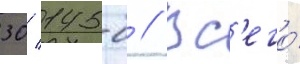
30/ 145-б // Вс'его́